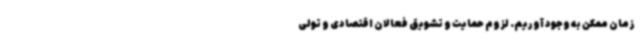
زمان ممکن به وجود آوریم. لزوم حمایت و تشویق فعالان اقتصادی و تولی